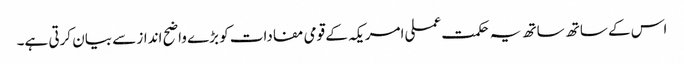
اس کے ساتھ ساتھ یہ حکمت عملی امریکہ کے قومی مفادات کو بڑے واضح انداز سے بیان کرتی ہے۔